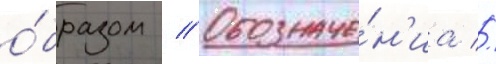
о́бразом // Обозначе́н'иа //